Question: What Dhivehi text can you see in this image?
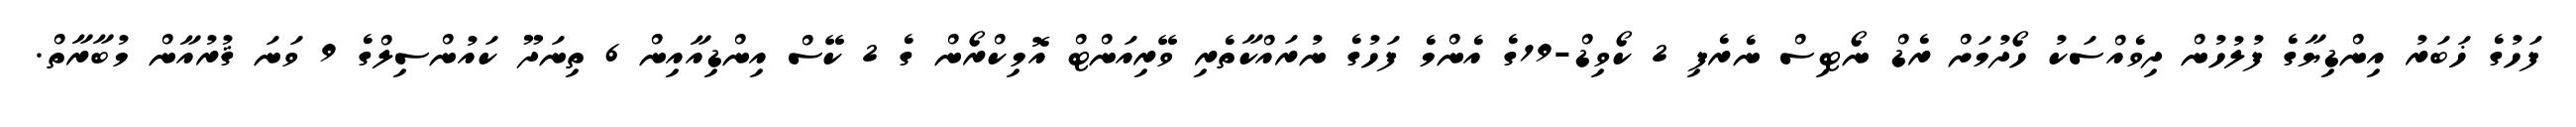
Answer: ފަހުގެ ޚަބަރު އިންޑިޔާގެ ފުލުހުން ދިވެއްސަކު ހޯދުމަށް ރެޑް ނޯޓިސް ނެރެފި 2 ކޯވިޑް-19ގެ އެންމެ ފަހުގެ ނުރައްކާތެރި ވޭރިއަންޓް އޮމިކްރޯން ގެ 2 ކޭސް އިންޑިއާއިން 6 ތިނަދޫ ކައުންސިލްގެ 9 ވަނަ ޤުރުއާން މުބާރާތް.